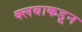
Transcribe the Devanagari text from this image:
क्लबाकडून